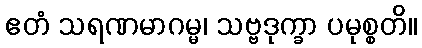
ဧတံ သရဏမာဂမ္မ၊ သဗ္ဗဒုက္ခာ ပမုစ္စတိ။